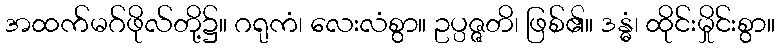
အထက်မဂ်ဖိုလ်တို့၌။ ဂရုကံ၊ လေးလံစွာ။ ဥပ္ပဇ္ဇတိ၊ ဖြစ်၏။ ဒန္ဓံ၊ ထိုင်းမှိုင်းစွာ။